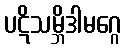
ပဋိသမ္ဘိဒါမဂ္ဂေ